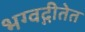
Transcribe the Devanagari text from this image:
भग्वद्गीतेत